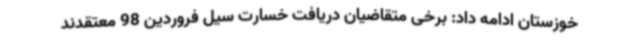
خوزستان ادامه داد: برخی متقاضیان دریافت خسارت سیل فروردین 98 معتقدند